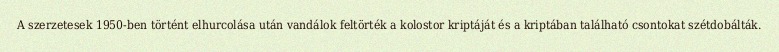
A szerzetesek 1950-ben történt elhurcolása után vandálok feltörték a kolostor kriptáját és a kriptában található csontokat szétdobálták.